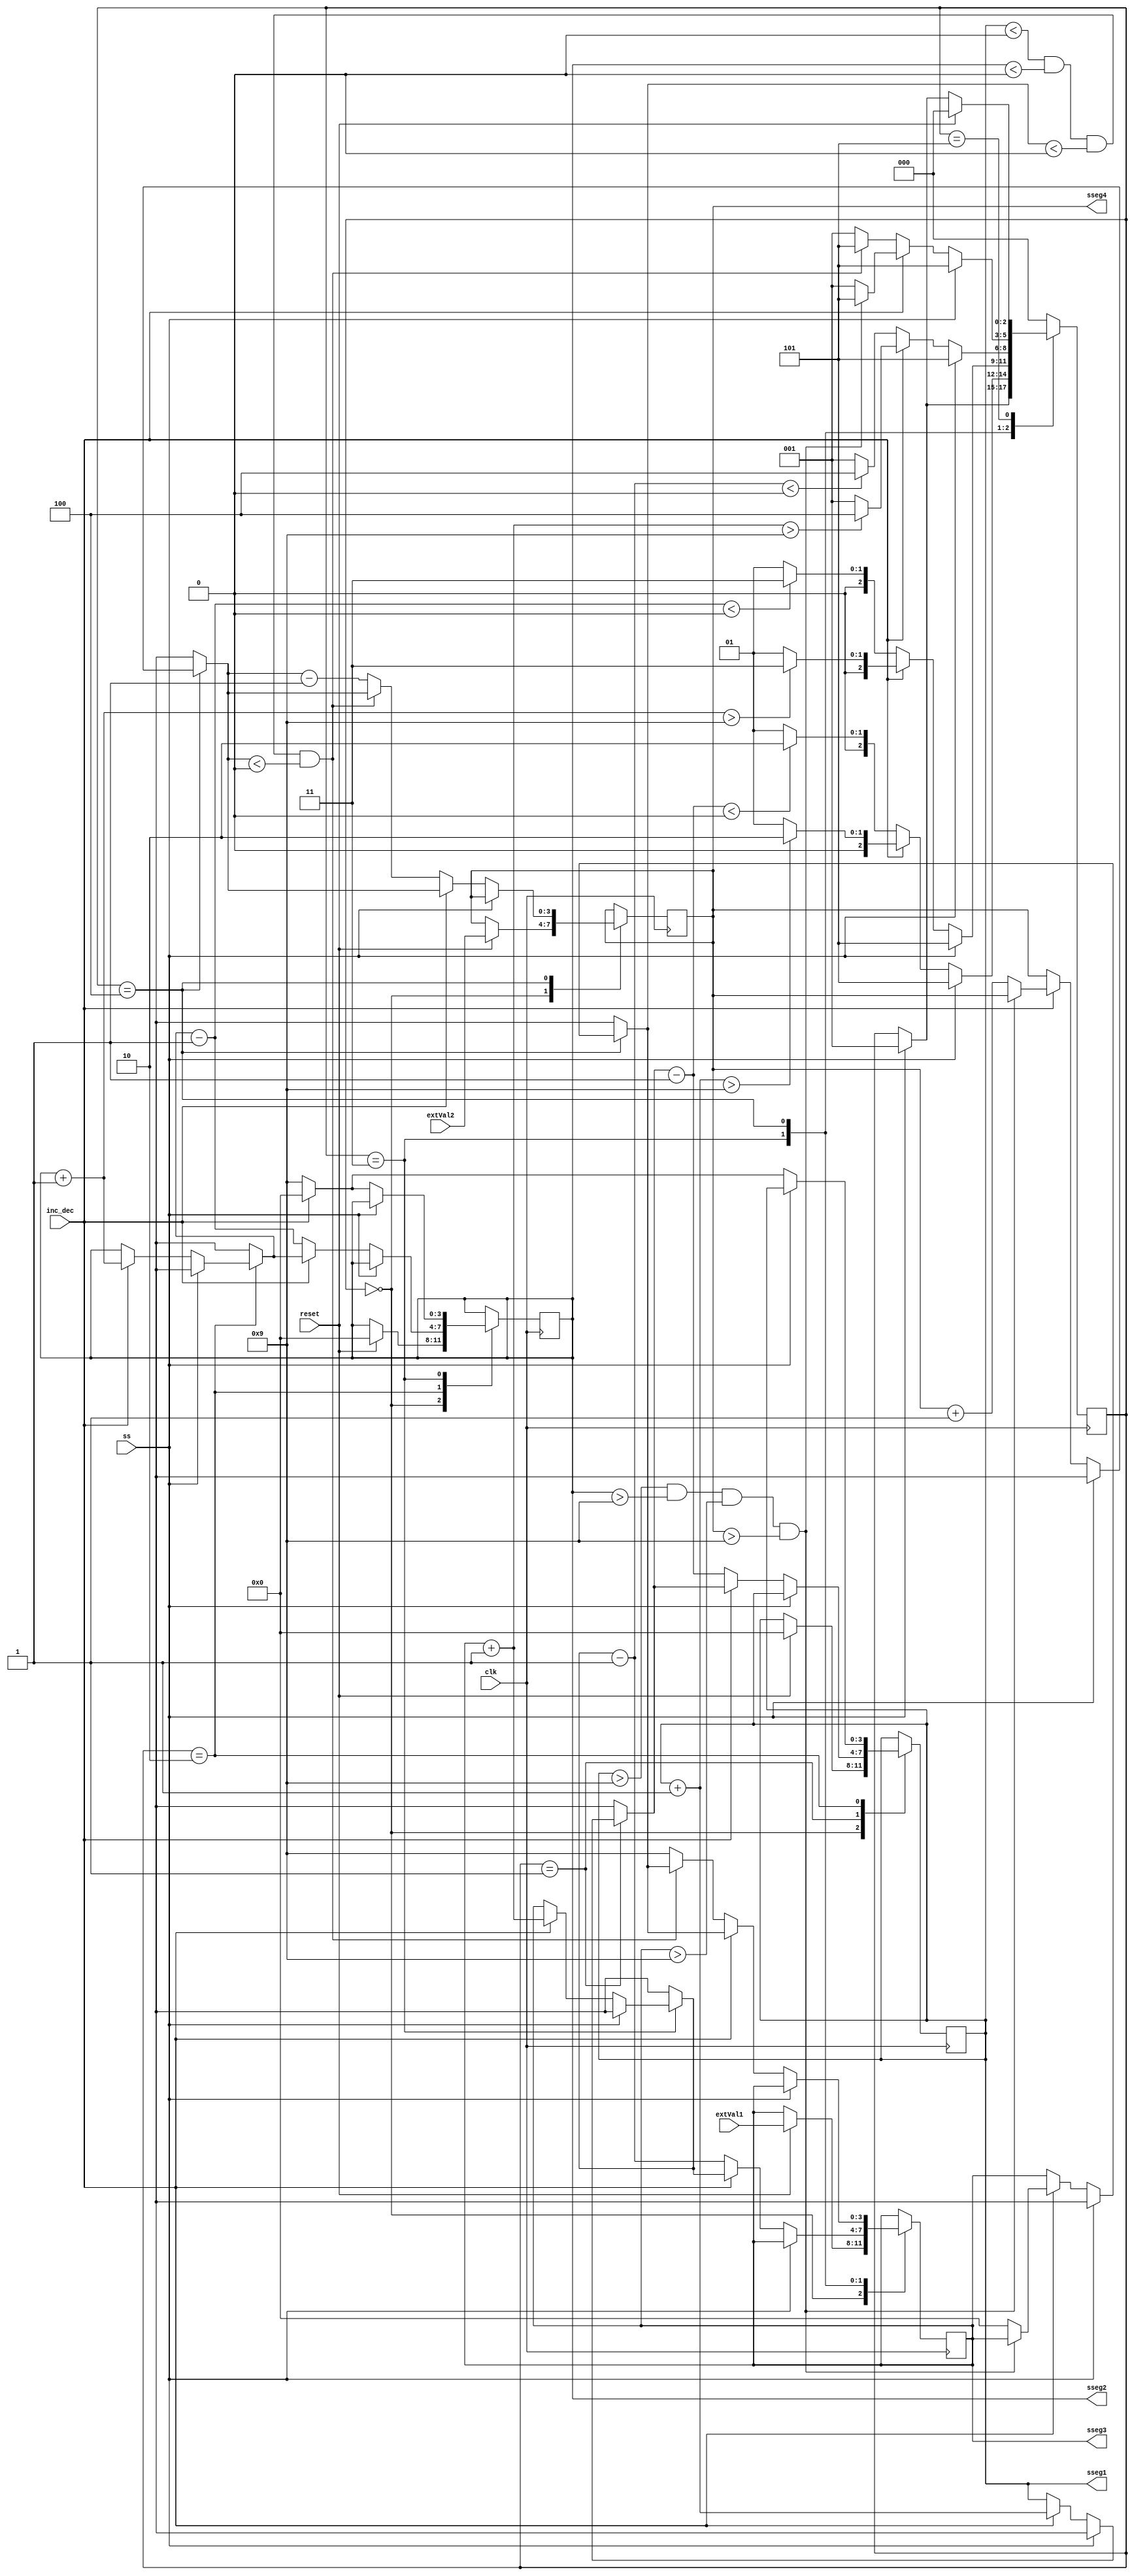
`timescale 1ns / 1ps



module time_mux_state_machine(
    input clk,
    input reset,
    input ss,
    input [3:0] extVal1,
    input [3:0] extVal2,
    input inc_dec,
    output reg [3:0] sseg1,
    output reg [3:0] sseg2,
    output reg [3:0] sseg3,
    output reg [3:0] sseg4
    );
    
    wire [3:0] anOut = 4'b0000;
    reg inc = 0;
    reg [2:0] state = 3'b000;
    reg [2:0] next_state = 3'b000;
    
    initial begin
        sseg1 = 0;
        sseg2 = 0;
        sseg3 = 0;
        sseg4 = 0;
    end
    
    
    
    always @(posedge clk) begin
    //the following code controls the states of the fsm
        case (state)
        
            3'b000: begin   //reset
                if (reset) begin
                    sseg1 <= 0;
                    sseg2 <= 0;
                    sseg3 <= extVal1;
                    sseg4 <= extVal2;
                end
                if (ss) begin
                    state = 3'b001;
                end 
            end
            
            3'b001: begin   //increment sseg1
            
                if (ss)
                    state = 3'b101;
                    
                else begin
            
                    if (inc_dec == 1) begin
                        sseg1 = sseg1 + 1;
                        if (sseg1 > 9)
                            state = 3'b010;
                        else
                            state = 3'b001;
                    end
                    if (inc_dec == 0) begin
                        sseg1 = sseg1 - 1;
                        if (sseg1 < 0)
                            state = 3'b010;
                        else
                            state = 3'b001;
                    end
                
                end
            end
            
            3'b010: begin   //increment sseg2
            
                if (ss)
                    state = 3'b101;
                
                else begin
                
                    if (inc_dec == 1) begin
                        sseg1 = 0;
                        sseg2 = sseg2 + 1;
                        if (sseg2 > 9)
                            state = 3'b011;
                        else
                            state = 3'b001;
                    end
                    if (inc_dec == 0) begin
                        sseg1 = 9;
                        sseg2 = sseg2 - 1;
                        if (sseg2 < 0)
                            state = 3'b011;
                        else
                            state = 3'b001;
                    end
                
                end
            end
            
            3'b011: begin   //increment sseg3
            
                if(ss)
                    state = 3'b101;
                
                else begin
                
                    if (inc_dec == 1) begin
                        sseg2 = 0;
                        sseg3 = sseg3 + 1;
                        if (sseg3 > 9)
                            state = 3'b100;
                        else
                            state = 3'b001;
                    end
                    if (inc_dec == 0) begin
                        sseg2 = 9;
                        sseg3 = sseg3 - 1;
                        if (sseg3 < 0)
                            state = 3'b100;
                        else
                            state = 3'b001;
                    end
                    
                end
            end
            
            3'b100: begin   //increment sseg4
                if (ss)
                    state = 3'b101;
                    
                else begin
                
                    if (inc_dec == 1) begin
                        if (sseg1>9 && sseg2>9 && sseg3>9 && sseg4>9)
                            state = 3'b101;
                        else begin
                            sseg3 = 0;
                            sseg4 = sseg4 + 1;
                            state = 3'b001;
                        end
                    end
                    if (inc_dec == 0) begin
                        if (sseg1<0 && sseg2<0 && sseg3<0 && sseg4<0)
                            state = 3'b101;
                        else begin
                            sseg3 = 9;
                            sseg4 = sseg4 - 1;
                            state = 3'b001;
                        end        
                    end
                    
                end
            end
            
            3'b101: begin
                if(ss)
                    state = 3'b001;
                if (reset)
                    state = 3'b000;
            end
            
            default begin
                state = 3'b000;
            end
            
        endcase
        
    end
    
    
    
endmodule